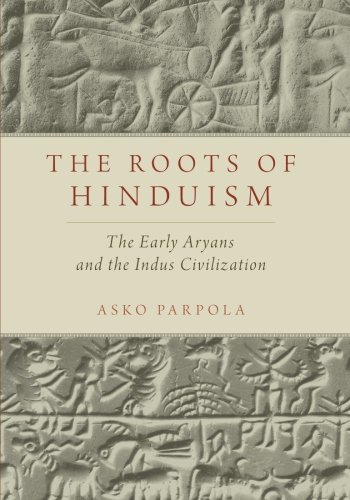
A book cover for The Roots of Hinduism: The Early Aryans and the Indus Civilization; Asko Parpola; Religion & Spirituality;